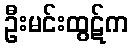
ဦးမင်းထွဋ်က